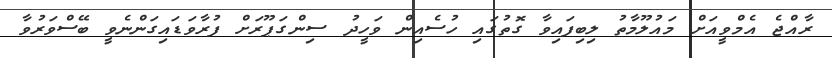
ރާއްޖެ އެމްވީއަށް މައުލޫމާތު ލިބިފައިވާ ގޮތުގައި ހުސެއިން ވަހީދު ސިންގަޕޫރަށް ފުރާވަޑައިގަންނެވީ ބޭސްވަރުވާ